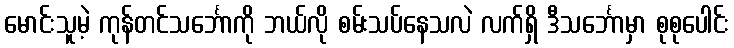
မောင်းသူမဲ့ ကုန်တင်သင်္ဘောကို ဘယ်လို စမ်းသပ်နေသလဲ လက်ရှိ ဒီသင်္ဘောမှာ စုစုပေါင်း